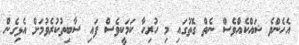
އެހެންވެ ޝައްކެއްވެސް ނެތް ގޮތުގައި މި ހުރިހާ ކަމަކީވެސް ފައި ސާބިތުކުރެވުމަށް އެޅިގެން